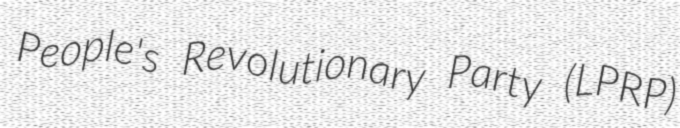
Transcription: People's Revolutionary Party (LPRP)